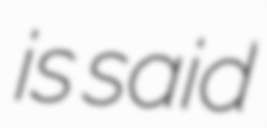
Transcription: is said